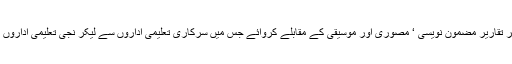
اس سلسلہ میں نیب لاہور نے مختلف سطحوں پر تقاریر مضمون نویسی ‘ مصوری اور موسیقی کے مقابلے کروائے جس میں سرکاری تعلیمی اداروں سے لیکر نجی تعلیمی اداروں تک طلبہ و طالبات نے بڑ ھ چڑھ کر حصہ لیا۔